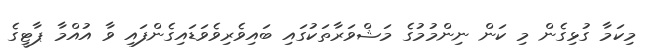
މިކަމާ ގުޅިގެން މި ކަން ނިންމުމުގެ މަޝްވަރާތަކުގައި ބައިވެރިވެވަޑައިގެންފައި ވާ އުއްމާ ޕާޓީގެ